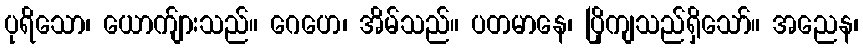
ပုရိသော၊ ယောက်ျားသည်။ ဂေဟေ၊ အိမ်သည်။ ပတမာနေ၊ ပြိုကျသည်ရှိသော်။ အညေန၊